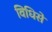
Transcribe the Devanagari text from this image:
विधिसे